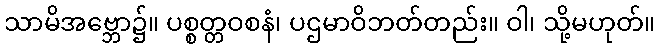
သာမိအဗ္ဘော၌။ ပစ္စတ္တဝစနံ၊ ပဌမာဝိဘတ်တည်း။ ဝါ၊ သို့မဟုတ်။